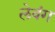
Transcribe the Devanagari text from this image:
लेवंग